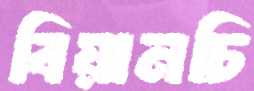
বিয়ানচি